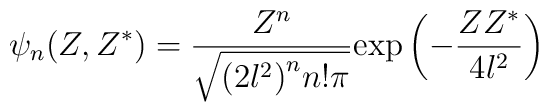
\psi_n(Z,Z ^{\ast}) = \frac{Z^n}{\sqrt{{(2l^2)}^n n! \pi}}{\exp}\left(-\frac{ZZ^{\ast}}{4l^2}\right)